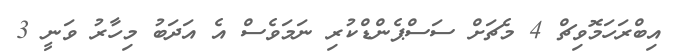
އިބްރަހަމޮވިޗް 4 މެޗަށް ސަސްޕެންޑްކުރި ނަމަވެސް އެ އަދަބު މިހާރު ވަނީ 3